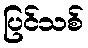
ပြင်သစ်